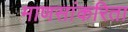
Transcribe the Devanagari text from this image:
माणसांकरिता